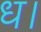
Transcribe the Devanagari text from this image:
ध।